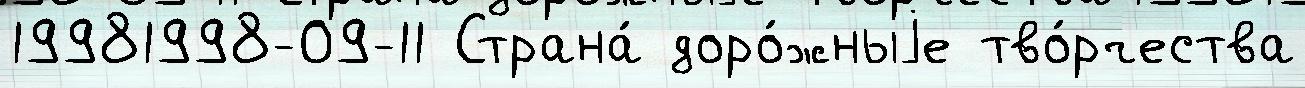
19981998-09-11 Страна́ доро́жныjе тво́рчества